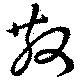
散